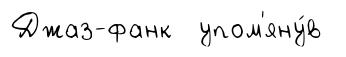
Джаз-фанк упом'яну́в